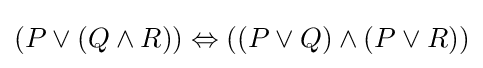
(P\lor (Q\land R))\Leftrightarrow ((P\lor Q)\land (P\lor R))